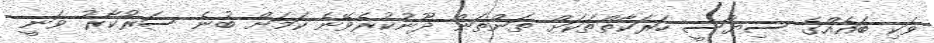
ވަކި ބައެއްގެ ސިޔާސީ ހަރަކާތްތަކަށް ތަންތަން ދޫނުކުރެވޭނެ ކަމަށް ބުނެ ސަރުކާރު ވަނީ